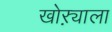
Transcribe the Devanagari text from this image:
खोऱ्याला